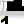
Digit: 1